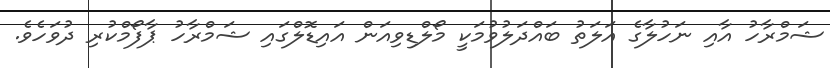
ޝަމްރާހު އާއި ނަހުލާގެ އަލަތު ބައްދަލުވުމަކީ މޯލްޑިވިއަން އައިޑޮލްގައި ޝަމްރާހު ޕާފޯމްކުރި ދުވަހެވެ.